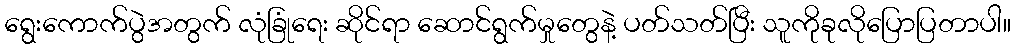
ရွေးကောက်ပွဲအတွက် လုံခြုံရေး ဆိုင်ရာ ဆောင်ရွက်မှုတွေနဲ့ ပတ်သတ်ပြီး သူကိုခုလိုပြောပြတာပါ။